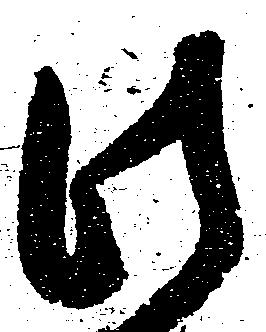
此